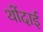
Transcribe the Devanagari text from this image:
थोंदाई